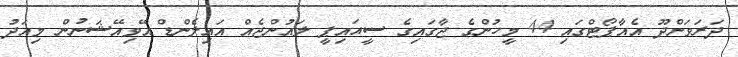
ދަރަވަންދޫ އެއާޕޯޓްގައި 44 މީހުންގެ ޖާގައިގެ ސީއައިޕީ ލައުންޖެއް އައިލެންޑް އޭވިއޭޝަނުން މިއަދު